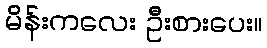
မိန်းကလေး ဦးစားပေး။